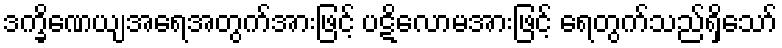
ဒက္ခိဏေယျအရေအတွက်အားဖြင့် ပဋိလောမအားဖြင့် ရေတွက်သည်ရှိသော်